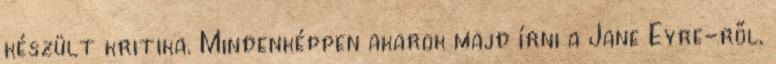
készült kritika. Mindenképpen akarok majd írni a Jane Eyre-ről,